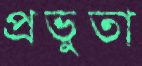
প্রভুতা